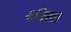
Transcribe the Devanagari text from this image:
वधिरता